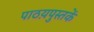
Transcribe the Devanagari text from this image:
पाठय़पुस्तकें